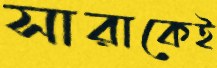
সারাকেই